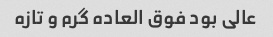
عالی بود فوق العاده گرم و تازه